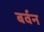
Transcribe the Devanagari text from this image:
बर्वन